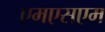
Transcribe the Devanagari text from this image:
एमएसएम